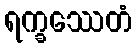
ရက္ခဿေတံ